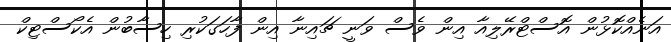
އަނެއްކޮޅުން އޮސްޓްރޭލިއާ އިން ވެސް ވަނީ ޗައިނާ އިން ފާހަގަކުރި ހިސާބުން އެކޯސްޓިކް